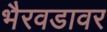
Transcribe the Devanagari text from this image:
भैरवडावर